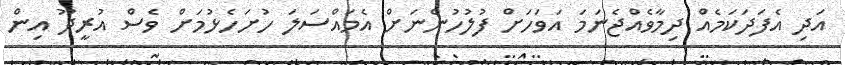
އަދި އެފަދަކަމެއް ދިމާވެއްޖެނަމަ އަވަހަށް ފުލުހުންނަށް އެމައްސަލަ ހުށަހެޅުމަށް ވެސް އުރީދޫ އިން